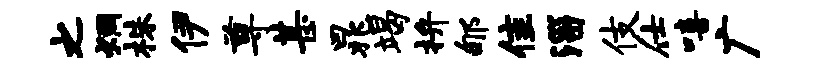
之炯株伊尊甚晁竭拚郇隹淄伎仕嘻广